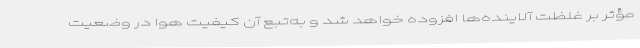
مؤثر بر غلظت آلاینده‌ها افزوده خواهد شد و به‌تبع آن کیفیت هوا در وضعیت